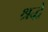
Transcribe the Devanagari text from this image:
श्रद्धे